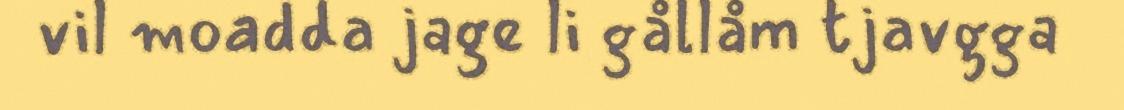
vil moadda jage li gållåm tjavgga